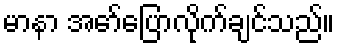
မာနာ အော်ပြောလိုက်ချင်သည်။